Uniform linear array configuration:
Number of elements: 8
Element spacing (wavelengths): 0.5
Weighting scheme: kaiser
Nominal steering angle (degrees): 30
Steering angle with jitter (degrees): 29.107
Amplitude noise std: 0.05
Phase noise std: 0.05

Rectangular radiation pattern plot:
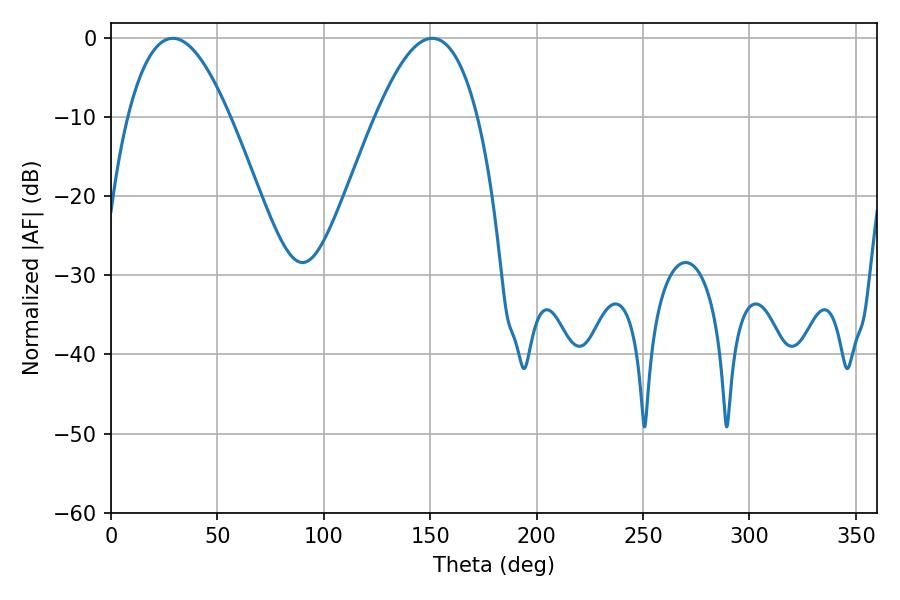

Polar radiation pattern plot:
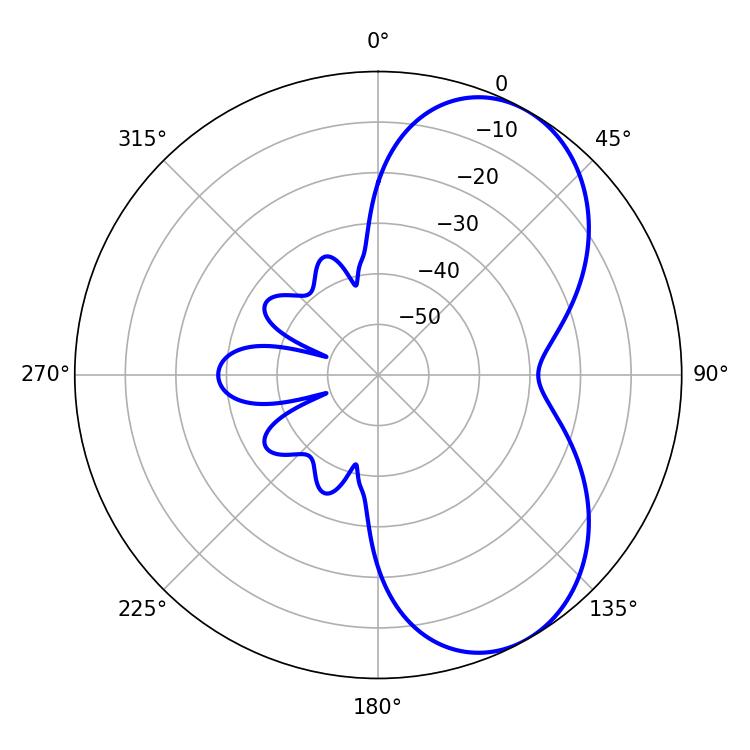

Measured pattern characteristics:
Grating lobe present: FALSE
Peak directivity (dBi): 6.043
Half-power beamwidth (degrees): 26.28
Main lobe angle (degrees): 28.98